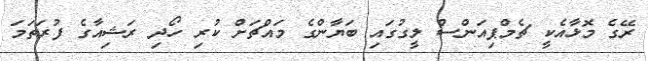
ރޭގެ މޮޅާއެކީ ޗެމްޕިއަންސް ލީގުގައި ބަޔާންގެ މައްޗަށް ކުރި ހޯދި ރަޝިއާގެ ފުރަތަމަ